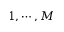
1 , \cdots , M